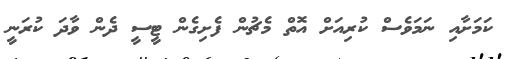
ކަމަށާއި ނަމަވެސް ކުރިއަށް އޮތް މެޗުން ފެށިގެން ޓީސީ ދެން ވާދަ ކުރަނީ